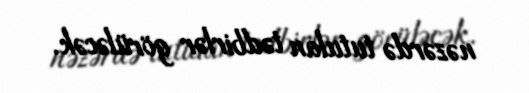
nəzərdə tutulan tədbirlər görüləcək.